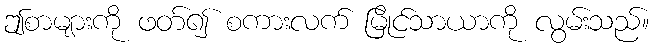
ဤစာများကို ဖတ်၍ စကားလက် မြိုင်သာယာကို လွမ်းသည်။